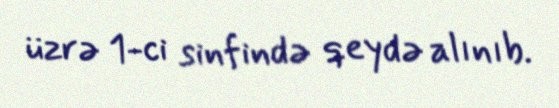
üzrə 1-ci sinfində qeydə alınıb.